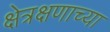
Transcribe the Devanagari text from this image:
क्षेत्रक्षणाच्या